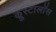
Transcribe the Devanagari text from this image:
क्रुस्टालॉस